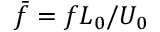
\bar { f } = f L _ { 0 } / U _ { 0 }